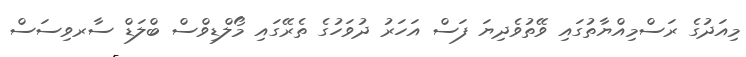
މިއަދުގެ ރަސްމިއްޔާތުގައި ވޭތުވެދިޔަ ފަސް އަހަރު ދުވަހުގެ ތެރޭގައި މޯލްޑިވްސް ބްލަޑް ސާރވިސަސް